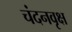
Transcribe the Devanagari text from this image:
चंदनवृक्ष